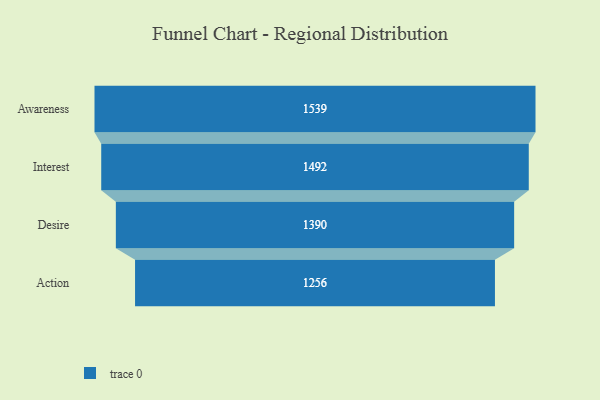
{"axis": {"x": "Stage", "y": "Value"}, "legend": [""], "data": [{"x": "Awareness", "y": 1539.0, "type": ""}, {"x": "Interest", "y": 1492.0, "type": ""}, {"x": "Desire", "y": 1390.0, "type": ""}, {"x": "Action", "y": 1256.0, "type": ""}]}